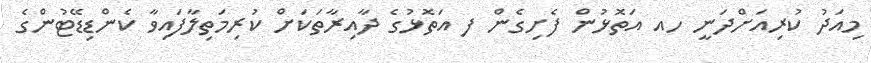
މިއަދު ކުރިއަށްދަނީ ހއ އަތޮޅުން ފެށިގެން ފ އަތޮޅުގެ ދާއިރާތަކަށް ކުރިމަތިލާފައިވާ ކެންޑިޑޭޓުންގެ